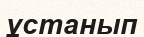
ұстанып